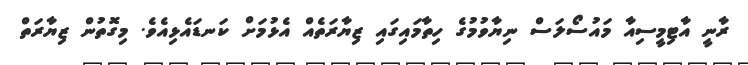
ރާނީ އާޓިމީސިއާ މައުސޯލަސް ނިޔާވުމުގެ ހިތާމައިގައި ޒިޔާރަތެއް އެޅުމަށް ކަނޑައެޅިއެވެ. މިގޮތުން ޒިޔާރަތް